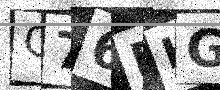
Text: C76FHG